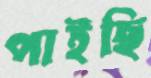
পাইছি